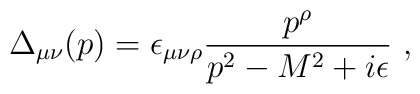
\Delta_{\mu\nu}(p)= \epsilon_{\mu\nu\rho} \frac{p^\rho}{p^2-M^2+i\epsilon}\,\, ,